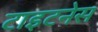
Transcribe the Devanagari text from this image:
टाइटनेस